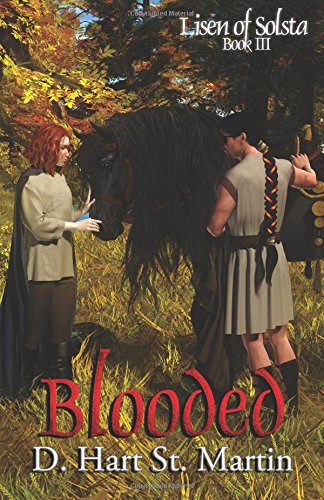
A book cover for Blooded (Lisen of Solsta) (Volume 3); D. Hart St. Martin; Science Fiction & Fantasy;